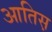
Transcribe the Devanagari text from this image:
आतिस़